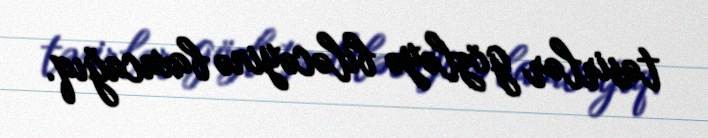
təsirlər gözləyə biləcəyinə baxacağıq.